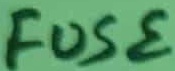
Text: FUSE